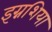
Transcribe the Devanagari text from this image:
इग्नशिया